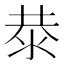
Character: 㳟